Scientific memoirs by medical officers of the Army of India - Part V,
Year: 1890
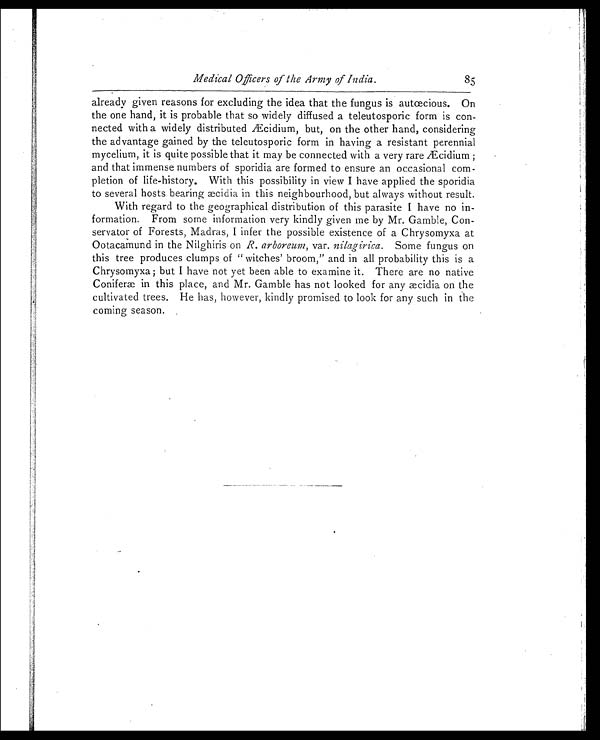
Medical Officers of the Army of India.
85
already given reasons for excluding the idea that the fungus is autœcious. On
the one hand, it is probable that so widely diffused a teleutosporic form is con-
nected with a widely distributed Æcidium, but, on the other hand, considering
the advantage gained by the teleutosporic form in having a resistant perennial
mycelium, it is quite possible that it may be connected with a very rare Æcidium;
and that immense numbers of sporidia are formed to ensure an occasional com-
pletion of life-history. With this possibility in view I have applied the sporidia
to several hosts bearing æcidia in this neighbourhood, but always without result.
With regard to the geographical distribution of this parasite I have no in-
formation. From some information very kindly given me by Mr. Gamble, Con-
servator of Forests, Madras, I infer the possible existence of a Chrysomyxa at
Ootacamund in the Nilghiris on R. arboreum, var. nilagirica. Some fungus on
this tree produces clumps of "witches' broom," and in all probability this is a
Chrysomyxa; but I have not yet been able to examine it. There are no native
Coniferæ in this place, and Mr. Gamble has not looked for any æcidia on the
cultivated trees. He has, however, kindly promised to look for any such in the
coming season.